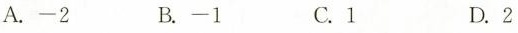
A.-2 B.-1 C.1 D.2